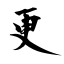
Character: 更